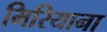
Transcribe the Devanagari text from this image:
मिरियाना